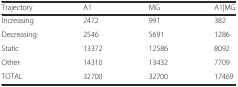
| Trajectory | A1 | MG | A1|MG |
 | --- | --- | --- | --- |
 | Increasing | 2472 | 991 | 382 |
 | Decreasing | 2546 | 5691 | 1286 |
 | Static | 13372 | 12586 | 8092 |
 | Other | 14310 | 13432 | 7709 |
 | TOTAL | 32700 | 32700 | 17469 |